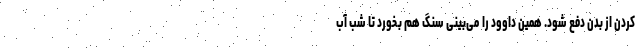
کردن از بدن دفع شود. همین داوود را می‌بینی سنگ هم بخورد تا شب آب